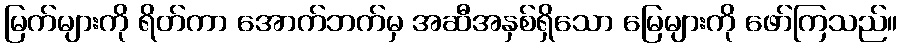
မြက်များကို ရိတ်ကာ အောက်ဘက်မှ အဆီအနှစ်ရှိသော မြေများကို ဖော်ကြသည်။